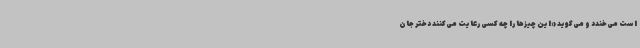
است می‌خندد و می‌گوید «این چیزها را چه کسی رعایت می‌کنند دختر جان